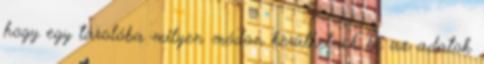
hogy egy tárolóba milyen módon kerülhetnek be az adatok